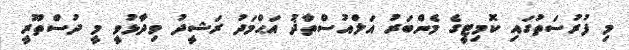
މި ފުރުސަތުގައި ކޮމިޓީގެ މެންބަރު އަލްއުސްތާޛު އަޙްމަދު ރަޝީދު ވިދާޅުވީ މީ ދުސްތޫރީ